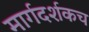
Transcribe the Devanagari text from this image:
मार्गदर्शकच